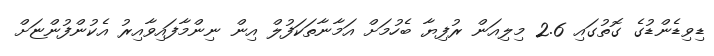
ޑިވިޑެންޑުގެ ގޮތުގައި 2.6 މިލިއަން ރުފިޔާ ބެހުމަށް އަމާނާތަކަފުލް އިން ނިންމާފައިވާއިރު އެކުންފުންޏަށް